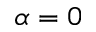
\alpha = 0